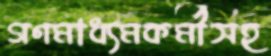
গণমাধ্যমকর্মীসহ